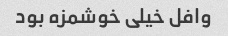
وافل خیلی خوشمزه بود